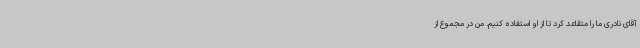
آقای نادری ما را متقاعد کرد تا از او استفاده کنیم. من در مجموع از